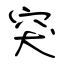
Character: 突